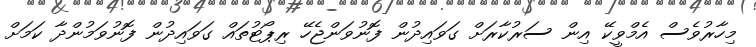
މިހާރުވެސް އެމްވީކޭ އިން ސަރުކާރަށް ގަވައިދުން ފޮނުވަންޖެހޭ ރިޕޯޓުތައް ގަވައިދުން ފޮނުވަމުންދާ ކަމަށް